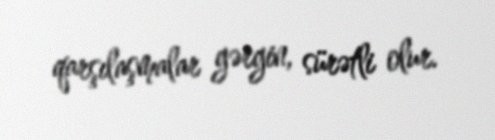
qarşılaşmalar gərgin, sürətli olur.